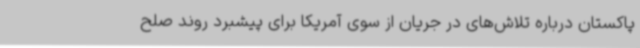
پاکستان درباره تلاش‌های در جریان از سوی آمریکا برای پیشبرد روند صلح